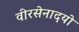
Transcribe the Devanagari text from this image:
वीरसेनादयो